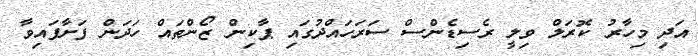
އަދި މިހާރު ކޮރަލް ވިލީ ރެސިޑެންސް ސަރަހައްދުގައި ޕާކިން ޒޯންތައް ހަދަން ފަށާފައިވާ